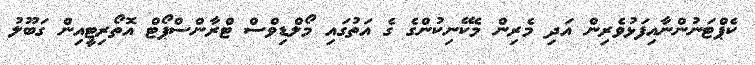
ކެޕްޓަނުންނާއިފަޅުވެރިން އަދި މެރިން މެކޭނިކުންގެ ގެ އަތުގައި މޯލްޑިވްސް ޓްރާންސްޕޯޓް އޮތޯރިޓީއިން ގަބޫލު